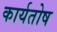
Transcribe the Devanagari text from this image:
कार्यतोष